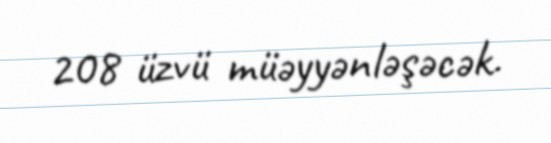
208 üzvü müəyyənləşəcək.